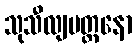
သုသီလျမတ္တနော